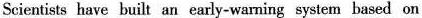
Scientits have built an early-warning syaten based on